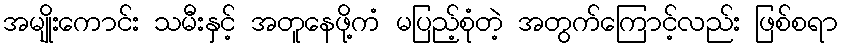
အမျိုးကောင်း သမီးနှင့် အတူနေဖို့ကံ မပြည့်စုံတဲ့ အတွက်ကြောင့်လည်း ဖြစ်စရာ